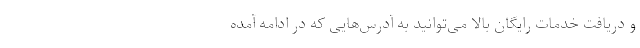
و دریافت خدمات رایگان بالا می‌توانید به آدرس‌هایی که در ادامه آمده